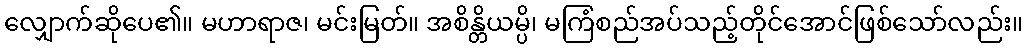
လျှောက်ဆိုပေ၏။ မဟာရာဇ၊ မင်းမြတ်။ အစိန္တိယမ္ပိ၊ မကြံစည်အပ်သည့်တိုင်အောင်ဖြစ်သော်လည်း။